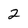
Character: 2